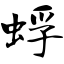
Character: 蜉